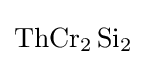
{\ce {ThCr2 Si2}}